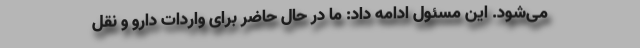
می‌شود. این مسئول ادامه داد: ما در حال حاضر برای واردات دارو و نقل